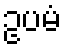
ဥပမံ